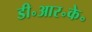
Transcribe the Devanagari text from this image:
डी॰आर॰के॰